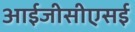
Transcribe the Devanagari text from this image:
आईजीसीएसई